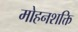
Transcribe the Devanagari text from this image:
मोहनशक्ति